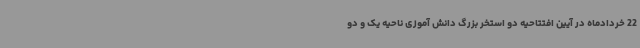
22 خردادماه در آیین افتتاحیه دو استخر بزرگ دانش آموزی ناحیه یک و دو